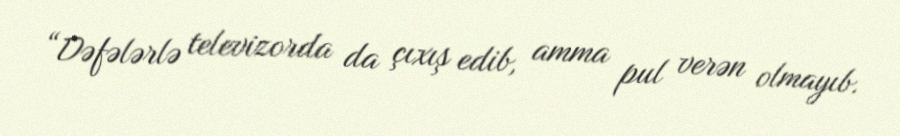
“Dəfələrlə televizorda da çıxış edib, amma pul verən olmayıb.